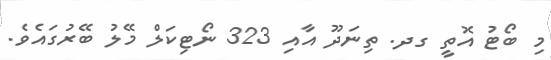
މި ބޯޓު އޮތީ ގދ. ތިނަދޫ އާއި 323 ނޯޓިކަލް މޭލު ބޭރުގައެވެ.